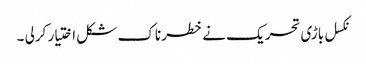
نکسل باڑی تحریک نے خطرناک شکل اختیار کرلی ۔